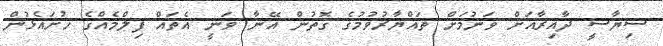
ސިޔާސީ ދާއިރާއަށް ވަނުމަށް ތައްޔާރުވުމުގެ ގޮތުން އޭނާ ވަނީ އެތައް ފިލްމެއްގެ ހުށައެޅުން